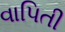
વાપિતી